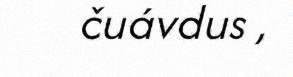
čuávdus ,